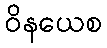
ဝိနယေစ